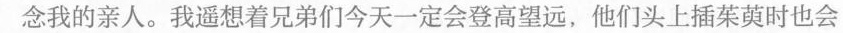
念我的亲人。我遥想着兄弟们今天一定会登高望远，他们头上插茱萸时也会